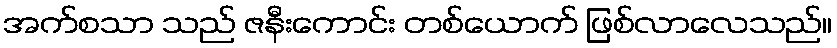
အက်စသာ သည် ဇနီးကောင်း တစ်ယောက် ဖြစ်လာလေသည်။